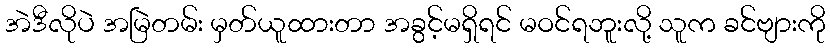
အဲဒီလိုပဲ အမြဲတမ်း မှတ်ယူထားတာ အခွင့်မရှိရင် မဝင်ရဘူးလို့ သူက ခင်ဗျားကို